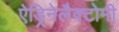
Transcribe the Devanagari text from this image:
ऐड्रिनेलैक्टोमी